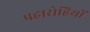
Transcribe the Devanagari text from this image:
पहारोहियों